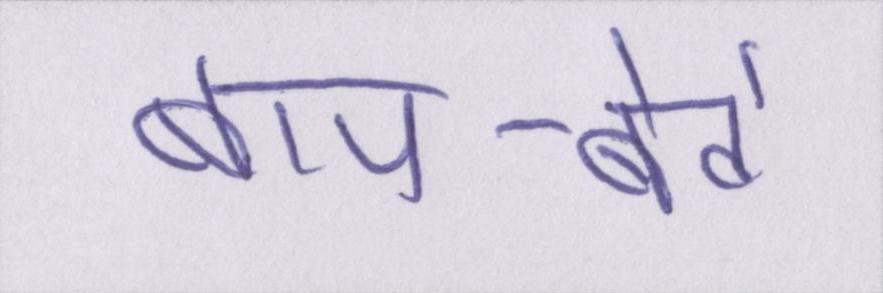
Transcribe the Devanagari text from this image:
बाप-बेटे